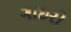
ગાઇરો